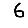
Digit: 6